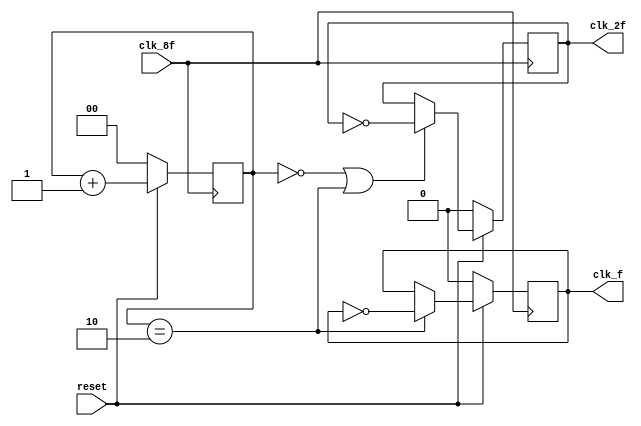
module Generador128f (
  input clk_8f,
  input reset,
  output reg clk_f,
  output reg clk_2f);

  reg [1:0] contador;

  always @ (posedge clk_8f) begin
    if (reset == 0) begin
      contador <= 0;
      clk_2f <= 0;
      clk_f <= 0;
    end else begin
      contador <= contador + 1;
      if (contador == 0 || contador == 2) begin
        clk_2f <= ~clk_2f;
      end else begin
        clk_2f <= clk_2f;
      end
      if (contador == 2) begin
        clk_f <= ~clk_f;
      end else begin
        clk_f <= clk_f;
      end
    end
  end
endmodule //Generador12clk_8f